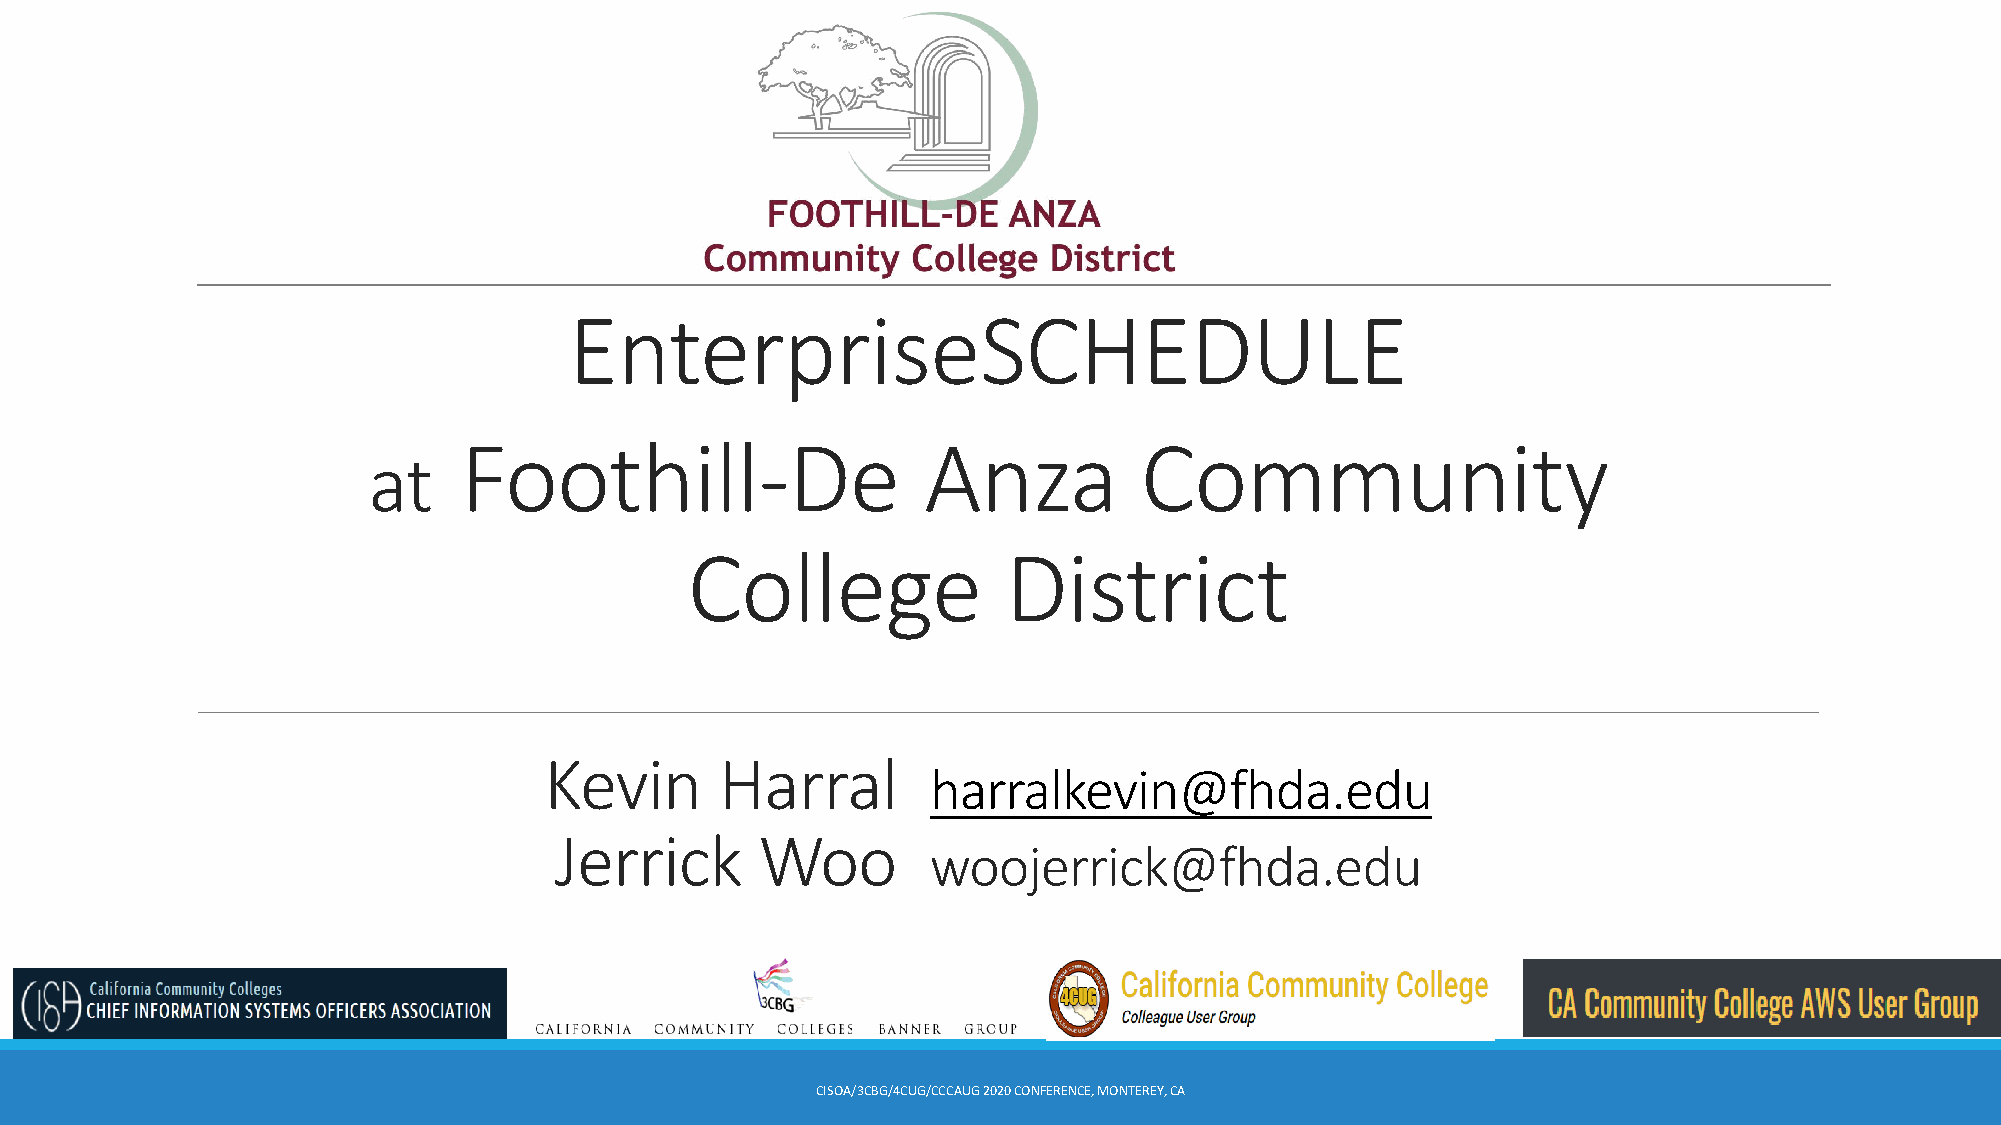
EnterpriseSCHEDULE
 Foothill-De                    Anza          Community
 at
 College              District
 Kevin       Harral
 harralkevin@fhda.edu
 Jerrick      Woo
 woojerrick@fhda.edu
 CISOA/3CBG/4CUG/CCCAUG2020 CONFERENCE, MONTEREY, CA